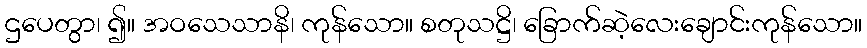
ဌပေတွာ၊ ၍။ အဝသေသာနိ၊ ကုန်သော။ စတုသဋ္ဌိ၊ ခြောက်ဆဲ့လေးချောင်းကုန်သော။